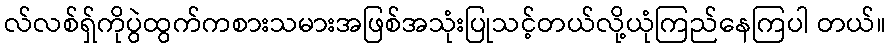
လ်လစ်ရှ်ကိုပွဲထွက်ကစားသမားအဖြစ်အသုံးပြုသင့်တယ်လို့ယုံကြည်နေကြပါ တယ်။